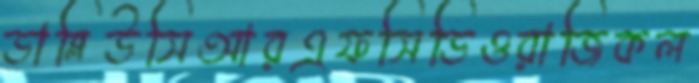
ডাব্লিউসিআরএফসিডিওরাজিকল